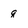
Character: q